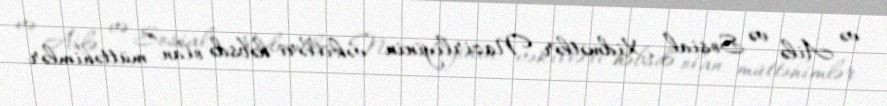
və Ailə və Sosial Xidmətlər Nazirliyinin vəkilləri həbsdə olan müttəhimlər